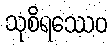
သုစိရဿေဝ